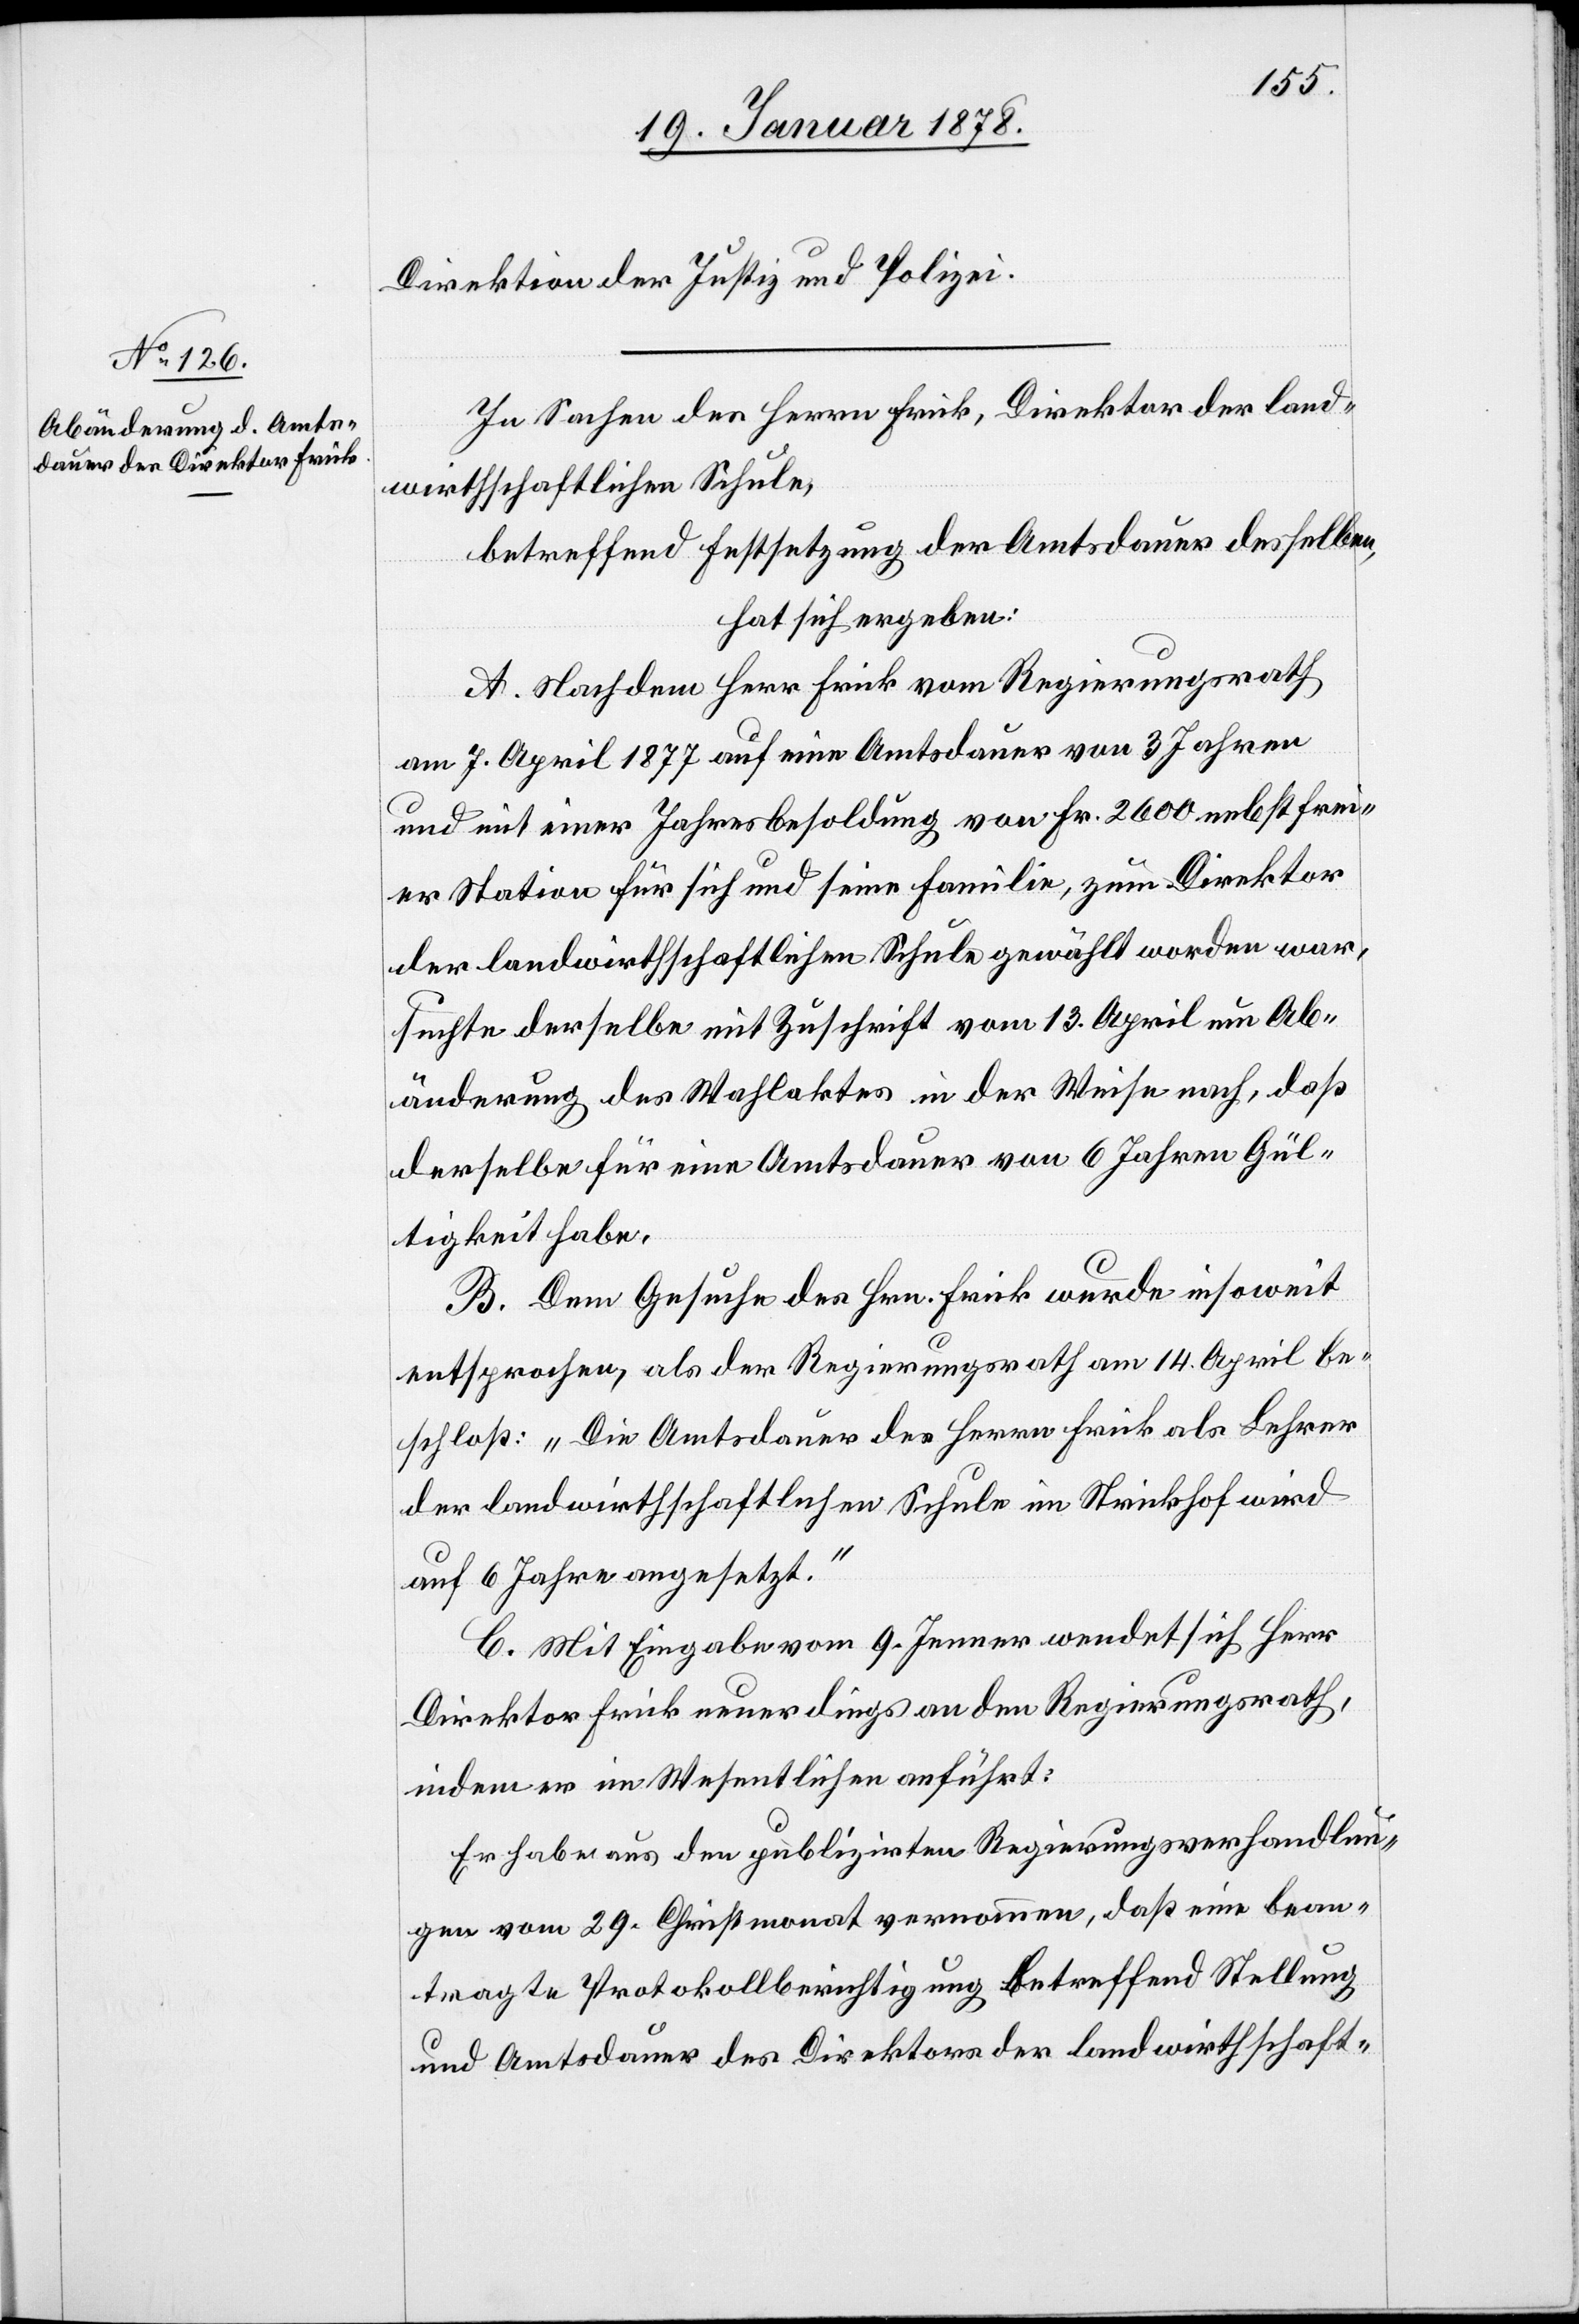
Direktion der Justiz und Polizei.
In Sachen des Herrn Frick, Direktor der land¬
wirthschaftlichen Schule,
betreffend Festsetzung der Amtsdauer desselben,
hat sich ergeben:
A. Nachdem Herr Frick vom Regierungsrath
am 7. April 1877 auf eine Amtsdauer von 3 Jahren
und mit einer Jahresbesoldung von Fr. 2600 nebst frei¬
er Station für sich und seine Familie, zum Direktor
der landwirthschaftlichen Schule gewählt worden war,
suchte derselbe mit Zuschrift vom 13. April um Ab¬
änderung des Wahlaktes in der Weise nach, daß
derselbe für eine Amtsdauer von 6 Jahren Gül¬
tigheit habe.
B. Dem Gesuche des Hrn. Frick wurde insoweit
entsprochen, als der Regierungsrath am 14. April be¬
schloß: „Die Amtsdauer des Herrn Frick als Lehrer
der landwirthschaftlichen Schule im Strickhof wird
auf 6 Jahre angesetzt.“
C. Mit Eingabe vom 9. Jenner wendet sich Herr
Direktor Frick neuerdings an den Regierungsrath,
indem er im Wesentlichen anführt:
Er habe aus den publizirten Regierungsverhandlun¬
gen vom 29. Christmonat vernommen, daß eine bean¬
tragte Protokollberichtigung betreffend Stellung
und Amtsdauer des Direktors der landwirthschaft-